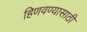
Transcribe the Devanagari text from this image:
हिणवण्यासाठी